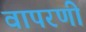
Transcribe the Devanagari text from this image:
वापरणी